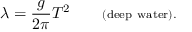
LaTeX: \lambda = { \frac { g } { 2 \pi } } T ^ { 2 } \qquad \scriptstyle { \mathrm { ( d e e p ~ w a t e r ) . } }